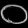
Digit: ၀